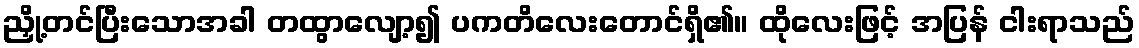
ညှို့တင်ပြီးသောအခါ တထွာလျော့၍ ပကတိလေးတောင်ရှိ၏။ ထိုလေးဖြင့် အပြန် ငါးရာသည်